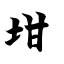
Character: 坩